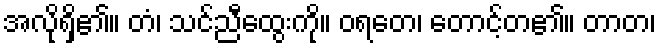
အလိုရှိ၏။ တံ၊ သင်ညီထွေးကို။ ဝရတေ၊ တောင့်တ၏။ တာတ၊